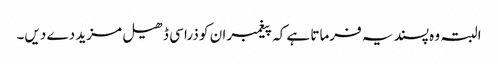
البتہ وہ پسند یہ فرماتا ہے کہ پیغمبر ان کو ذرا سی ڈھیل مزید دے دیں۔